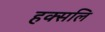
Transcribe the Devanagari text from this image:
हक्सलि